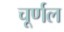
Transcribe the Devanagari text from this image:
चूर्णल